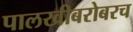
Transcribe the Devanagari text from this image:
पालखीबरोबरच